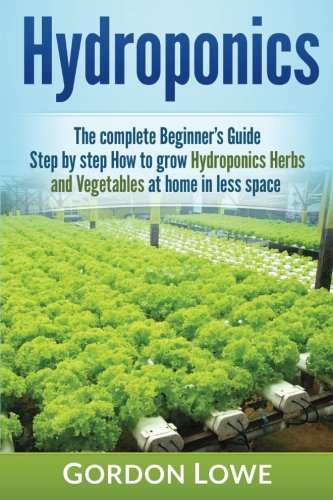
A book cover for Hydroponics: The complete Beginner's Guide Step-by step How to grow Hydroponics Herbs and Vegetables at home in less space; Gordon Lowe; Crafts, Hobbies & Home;